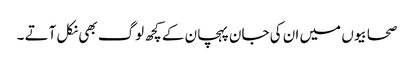
صحابیوں میں ان کی جان پہچان کے کچھ لوگ بھی نکل آتے ۔